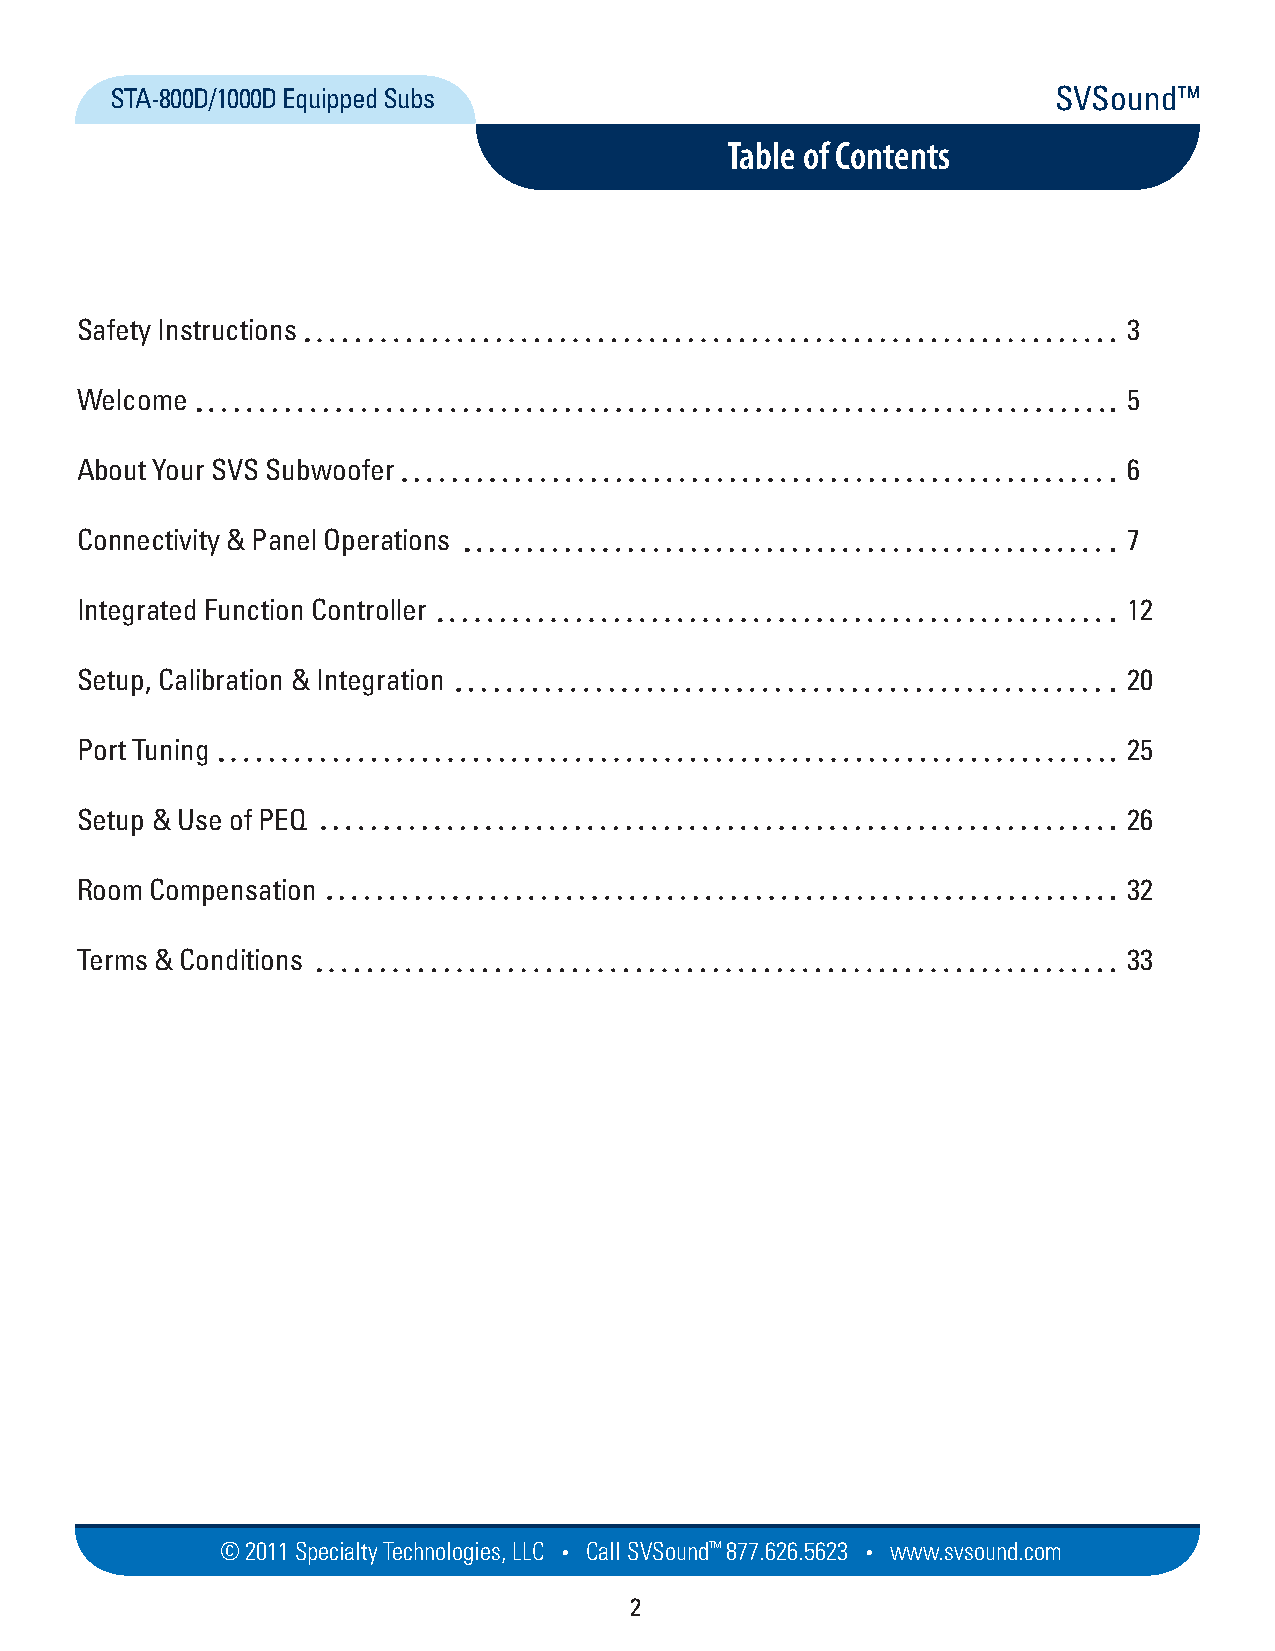
STA-800D/1000D Equipped Subs                                   SVSound™
 Table of Contents
 Safety Instructions                                                   3
 Welcome                                                               5
 About Your SVS Subwoofer                                              6
 Connectivity & Panel Operations                                       7
 Integrated Function Controller                                        12
 Setup, Calibration & Integration                                      20
 Port Tuning                                                           25
 Setup & Use of PEQ                                                    26
 Room Compensation                                                     32
 Terms & Conditions                                                    33
 © 2011 Specialty Techno logies, LLC • Call SVSound™ 877.626.5623 • www.svs ou nd.com
 2